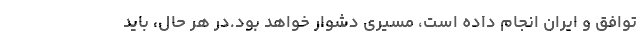
توافق و ایران انجام داده است، مسیری دشوار خواهد بود.در هر حال، باید